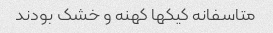
متاسفانه کیکها کهنه و خشک بودند